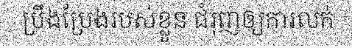
ប្រឹងប្រែងរបស់ខ្លួន ជំរុញឲ្យការលក់